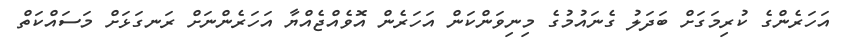
އަހަރެންގެ ކުރިމަގަށް ބަދަލު ގެނައުމުގެ މިނިވަންކަން އަހަރެން އޮވެއްޖެއްޔާ އަހަރެންނަށް ރަނގަޅަށް މަސައްކަތް